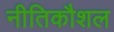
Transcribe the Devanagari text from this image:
नीतिकौशल